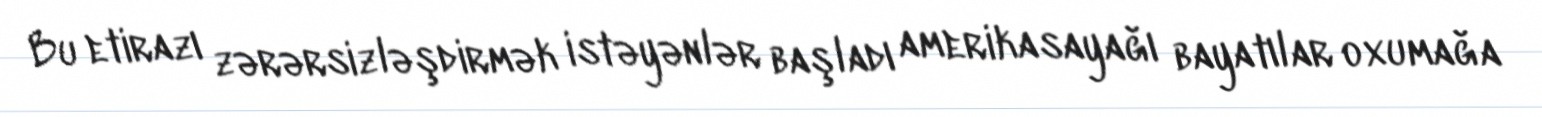
Bu etirazı zərərsizləşdirmək istəyənlər başladı amerikasayağı bayatılar oxumağa